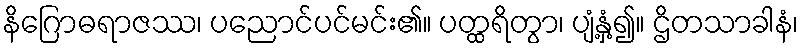
နိဂြောဓရာဇဿ၊ ပညောင်ပင်မင်း၏။ ပတ္ထရိတွာ၊ ပျံ့နှံ့၍။ ဌိတသာခါနံ၊